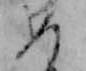
め